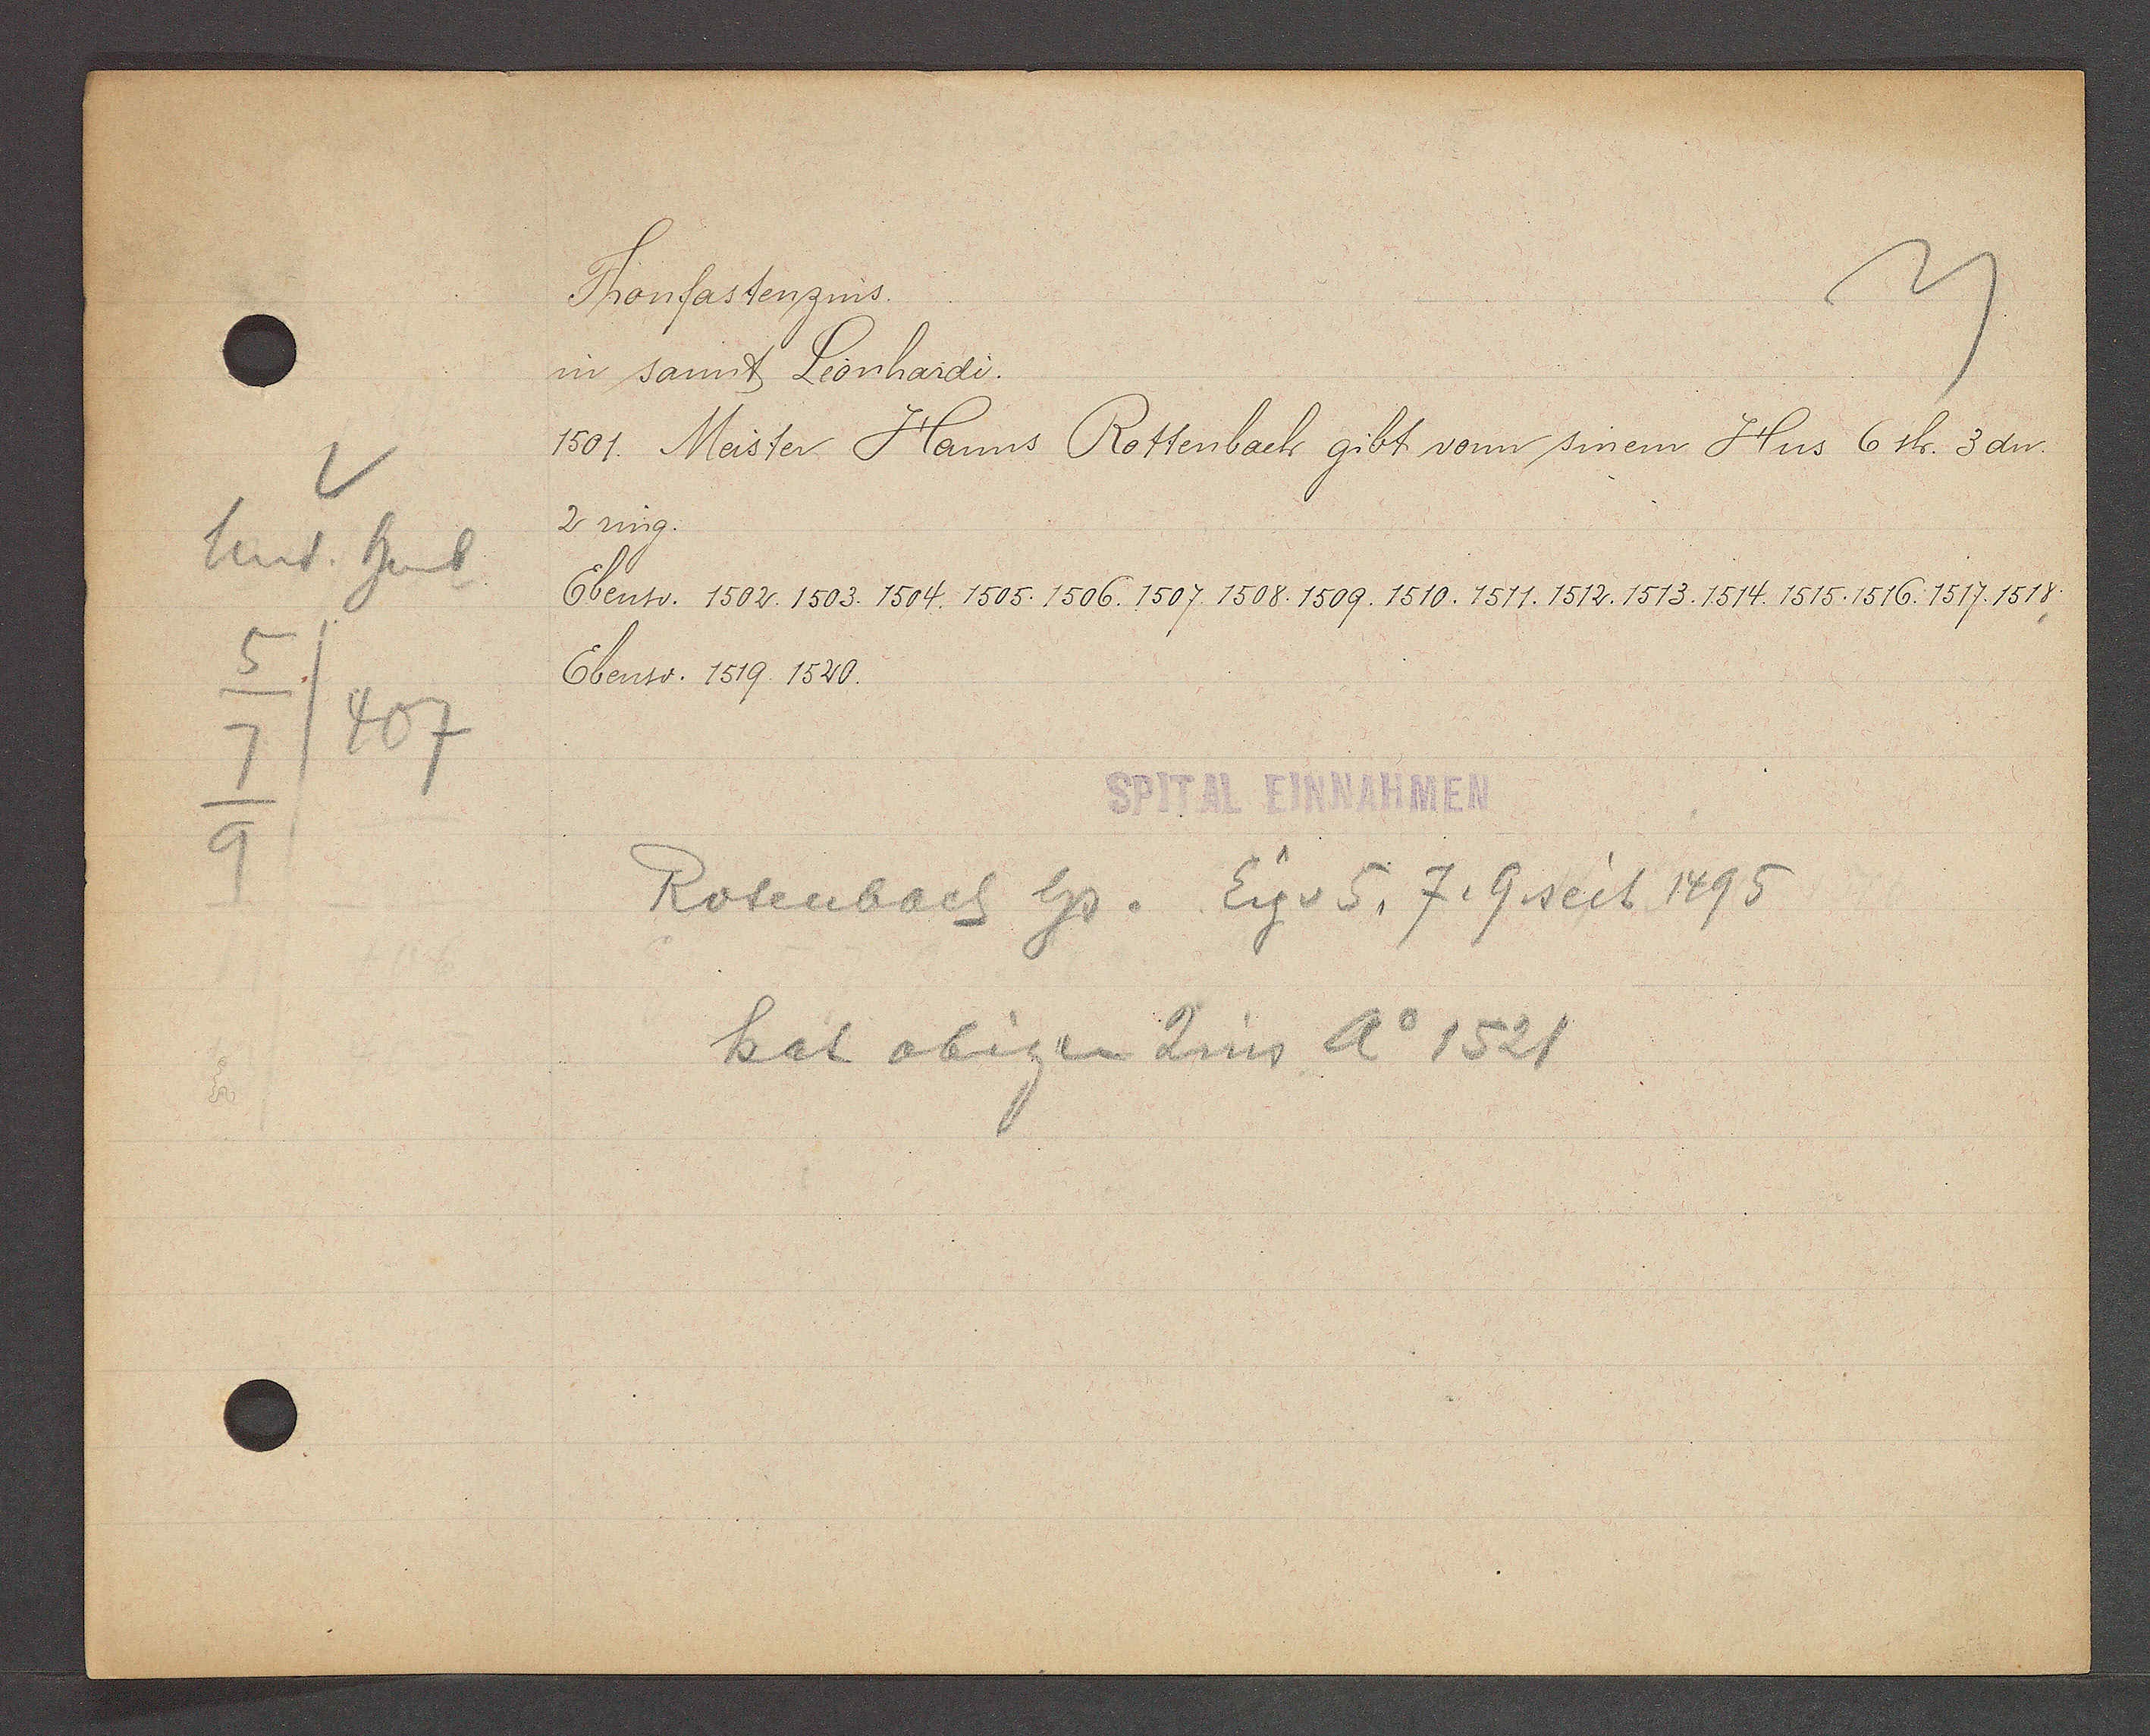
Transcript:
Unt. heub
5
407
7
9

Fronfastenzins.

in sannt Leonhardi.
1501. Meister Hanns Rottenbach gibt vonn sinem Hus 6 sh. 3dn.
2 ring
Ebenso: 1502. 1503. 1504. 1505. 1506. 1507. 1508. 1509. 1510. 1511. 1512. 1513. 1514. 1515. 1516. 1517. 1518
Ebenso: 1519. 1520.

SPITAL EINNAHMEN

Rotenbach hs. Eig v 5, 7, 9 seit 1495
hat obigen Zins Ao 1521